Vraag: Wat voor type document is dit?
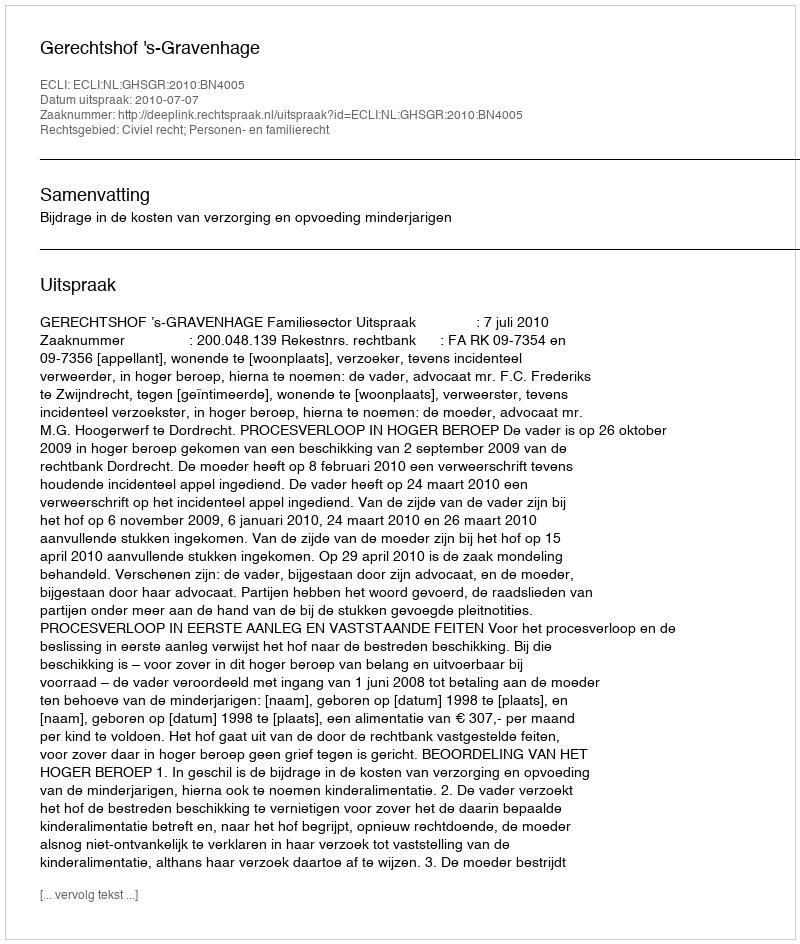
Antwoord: Uitspraak